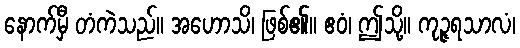
နောက်မှီ တံကဲသည်။ အဟောသိ၊ ဖြစ်၏။ ဧဝံ၊ ဤသို့။ ကုဉ္ဇရသာလံ၊